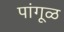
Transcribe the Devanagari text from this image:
पांगूळ